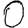
Digit: 0